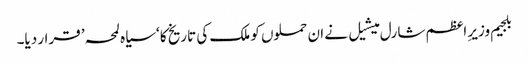
بلجیم وزیرِ اعظم شارل میشیل نے ان حملوں کو ملک کی تاریخ کا ‘سیاہ لمحہ’ قرار دیا۔